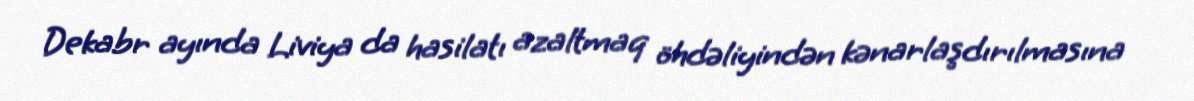
Dekabr ayında Liviya da hasilatı azaltmaq öhdəliyindən kənarlaşdırılmasına